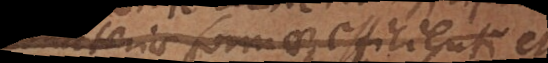
materiae, formae, efficienti et